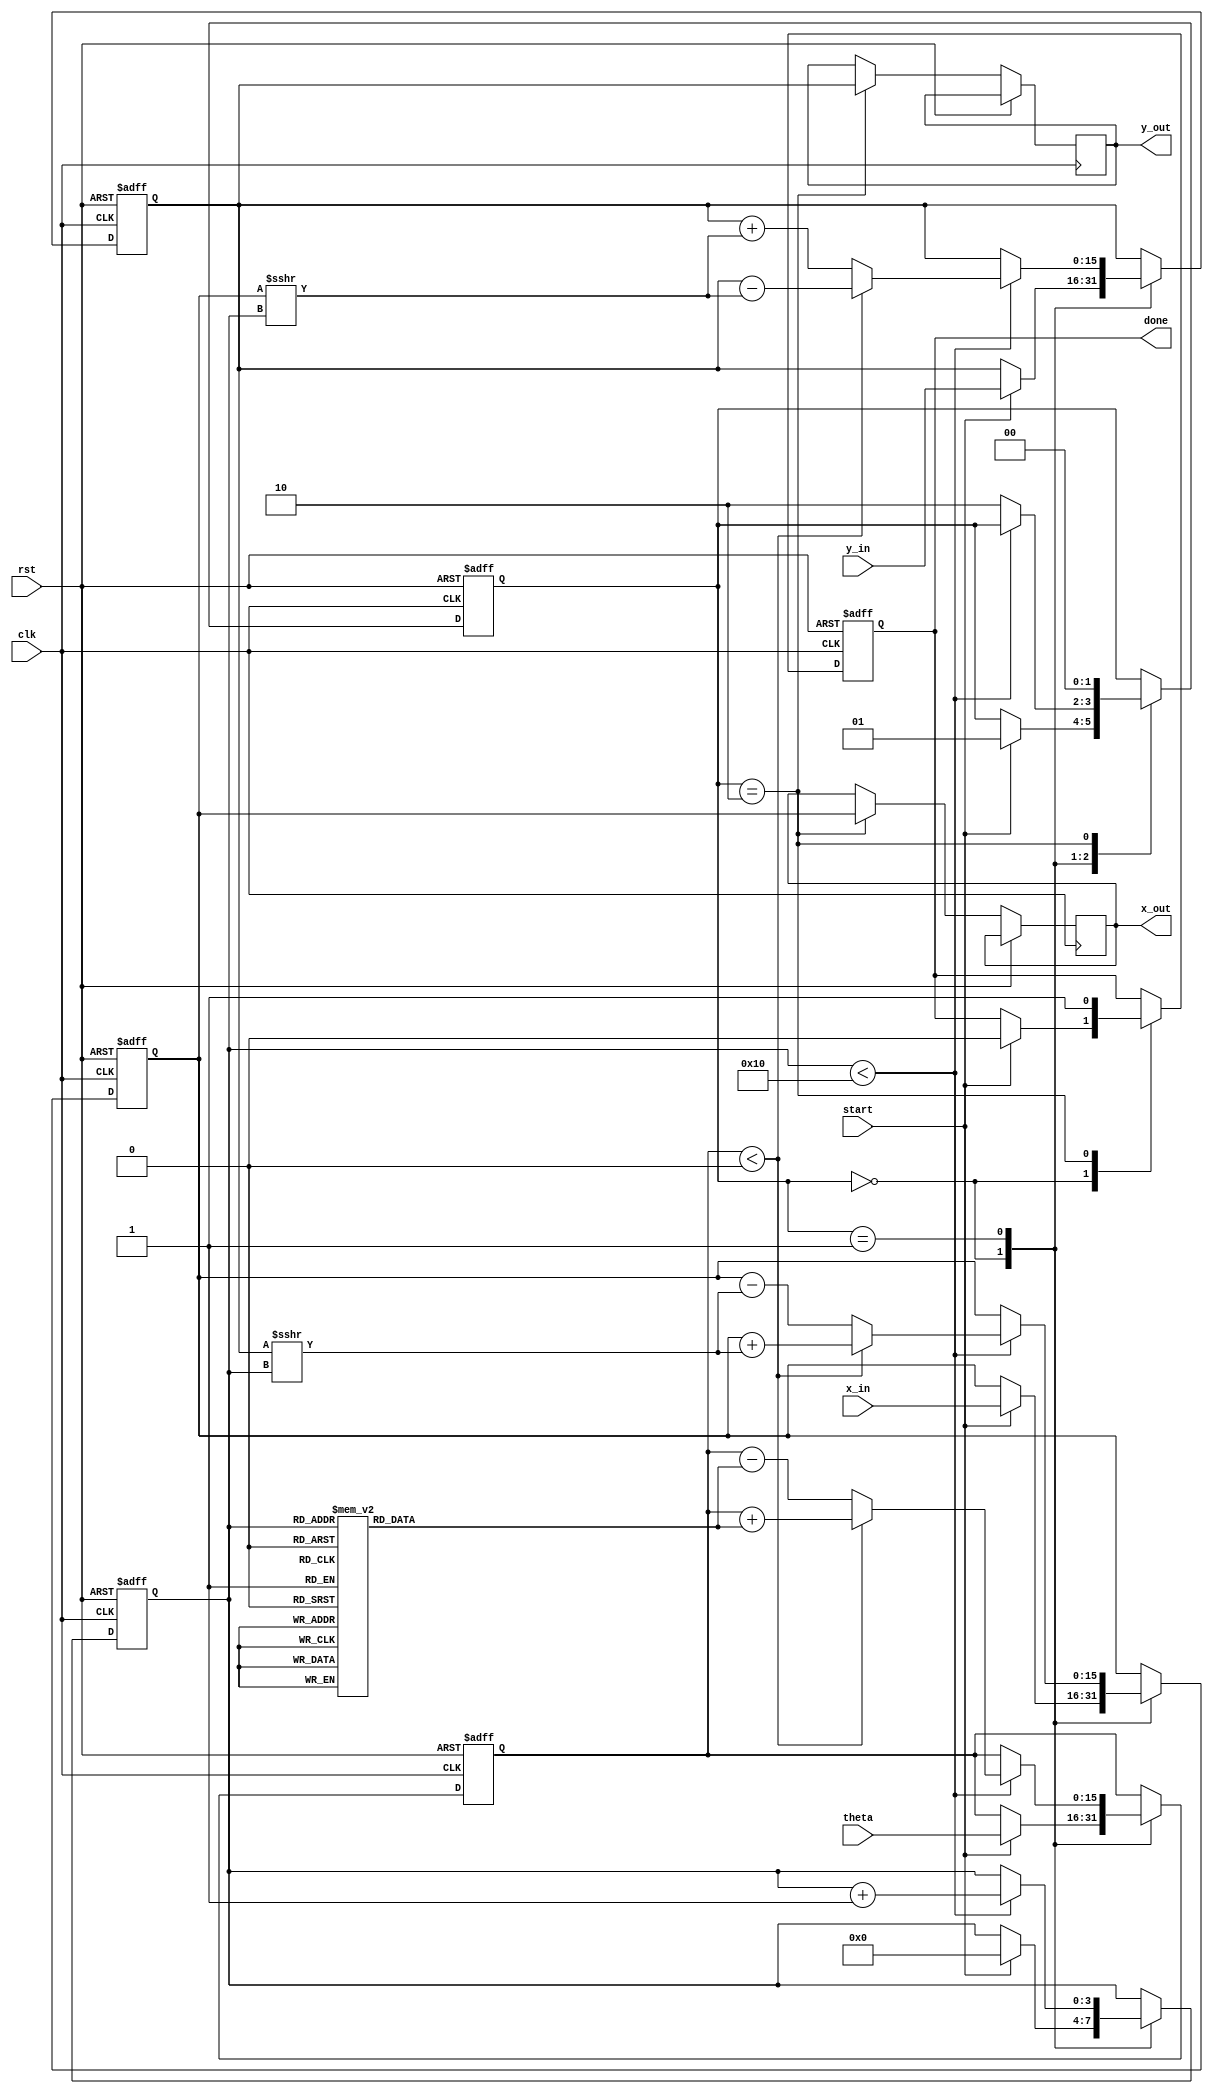
module cordic_2d (
    input wire signed [15:0] x_in,      // Input x-coordinate
    input wire signed [15:0] y_in,      // Input y-coordinate
    input wire signed [15:0] theta,      // Input angle
    input wire start,                   // Start signal
    input wire clk,                     // Clock signal
    input wire rst,                     // Reset signal
    output reg signed [15:0] x_out,     // Output x-coordinate
    output reg signed [15:0] y_out,     // Output y-coordinate
    output reg done                     // Done signal
);

    // Parameters
    parameter NUM_ITERATIONS = 16;      // Number of CORDIC iterations
    parameter ANGLE_WIDTH = 16;          // Width for angle representation

    // Internal registers
    reg signed [15:0] x_reg, y_reg;     // Registers for x and y
    reg signed [ANGLE_WIDTH-1:0] theta_reg; // Register for theta
    reg [3:0] iteration;                 // Iteration counter
    reg [1:0] state;                     // FSM state

    // CORDIC angle lookup table (arctan(2^-i) for i = 0 to NUM_ITERATIONS-1)
    reg signed [ANGLE_WIDTH-1:0] atan_table [0:NUM_ITERATIONS-1];
    initial begin
        atan_table[0] = 16'h2000; // atan(1) = 45 degrees in fixed-point
        atan_table[1] = 16'h1400; // atan(0.5)
        atan_table[2] = 16'h0A00; // atan(0.25)
        atan_table[3] = 16'h0500; // atan(0.125)
        // ... Fill in the rest of the table
        // atan_table[4] = 16'h0280; // atan(0.0625)
        // ...
        atan_table[15] = 16'h0001; // atan(0.000015258789)
    end

    // FSM states
    localparam IDLE = 2'b00, PROCESS = 2'b01, DONE = 2'b10;

    // Sequential logic for state machine and processing
    always @(posedge clk or posedge rst) begin
        if (rst) begin
            state <= IDLE;
            iteration <= 0;
            x_reg <= 0;
            y_reg <= 0;
            theta_reg <= 0;
            done <= 0;
        end else begin
            case (state)
                IDLE: begin
                    if (start) begin
                        x_reg <= x_in;
                        y_reg <= y_in;
                        theta_reg <= theta;
                        iteration <= 0;
                        state <= PROCESS;
                        done <= 0;
                    end
                end
                PROCESS: begin
                    if (iteration < NUM_ITERATIONS) begin
                        // CORDIC rotation logic
                        if (theta_reg < 0) begin
                            // Rotate clockwise
                            x_reg <= x_reg + (y_reg >>> iteration);
                            y_reg <= y_reg - (x_reg >>> iteration);
                            theta_reg <= theta_reg + atan_table[iteration];
                        end else begin
                            // Rotate counter-clockwise
                            x_reg <= x_reg - (y_reg >>> iteration);
                            y_reg <= y_reg + (x_reg >>> iteration);
                            theta_reg <= theta_reg - atan_table[iteration];
                        end
                        iteration <= iteration + 1;
                    end else begin
                        state <= DONE;
                    end
                end
                DONE: begin
                    x_out <= x_reg;
                    y_out <= y_reg;
                    done <= 1;
                    state <= IDLE; // Go back to IDLE state
                end
            endcase
        end
    end

endmodule